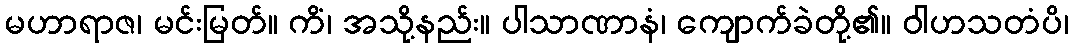
မဟာရာဇ၊ မင်းမြတ်။ ကိံ၊ အသို့နည်း။ ပါသာဏာနံ၊ ကျောက်ခဲတို့၏။ ဝါဟသတံပိ၊